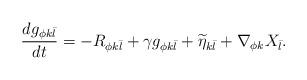
LaTeX: \begin{align*} \frac{d g_{\phi k \bar{l}}}{dt}=-R_{\phi k \bar{l}}+\gamma g_{\phi k \bar{l}}+\widetilde{\eta}_{k \bar{l}}+\nabla_{\phi k} X_{\bar{l}}.\end{align*}